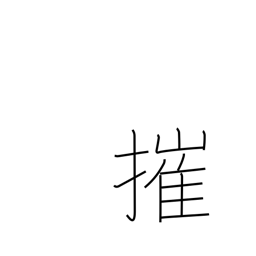
Meaning: smash